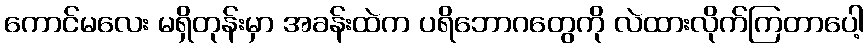
ကောင်မလေး မရှိတုန်းမှာ အခန်းထဲက ပရိဘောဂတွေကို လဲထားလိုက်ကြတာပေါ့